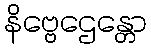
နိဗ္ဗေဌေန္တော